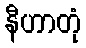
နီဟာတုံ